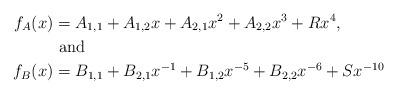
LaTeX: \begin{align*} f_A(x)&=A_{1,1} + A_{1,2}x + A_{2,1}x^2+ A_{2,2}x^3 + R x^4,\\ &\mbox{ and } \\ f_B(x)&=B_{1,1} + B_{2,1}x^{-1} + B_{1,2}x^{-5}+ B_{2,2}x^{-6} + S x^{-10}\end{align*}